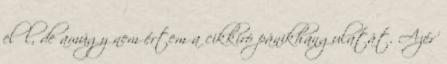
elől, de amúgy nem értem a cikkíró pánikhangulatát. Azér'